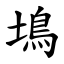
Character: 䲧